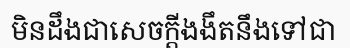
មិនដឹងជាសេចក្តីងងឹតនឹងទៅជា